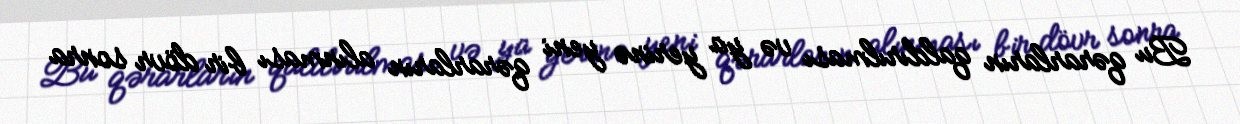
Bu qərarların qaldırılması və ya yerinə yeni qərarların alınması bir dövr sonra